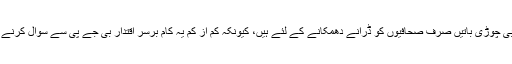
یا پھر سارا غصہ، لمبی چوڑی باتیں صرف صحافیوں کو ڈرانے دھمکانے کے لئے ہیں، کیونکہ کم از کم یہ کام برسر اقتدار بی جے پی سے سوال کرنے سے تو آسان ہی ہے؟